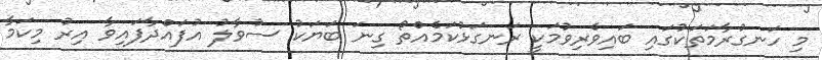
މި ހަނގުރާމަތަކުގައި ބައިވެރިވުމަކީ ރަނގަޅުކަމެއްތޯ ގިނަ ބަޔަކު ސުވާލު އުފައްދާފައިވާ އިރު މިކަމާ